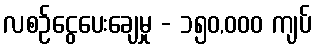
လစဉ်ငွေပေးချေမှု - ၁၅၀,၀၀၀ ကျပ်